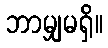
ဘာမျှမရှိ။